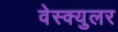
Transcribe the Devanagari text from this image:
वेस्क्युलर